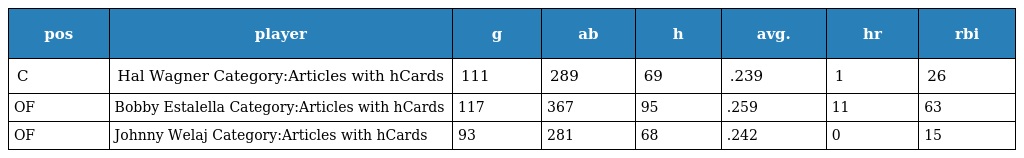
| pos | player | g | ab | h | avg. | hr | rbi |
 | --- | --- | --- | --- | --- | --- | --- | --- |
 | C | Hal Wagner Category:Articles with hCards | 111 | 289 | 69 | .239 | 1 | 26 |
 | OF | Bobby Estalella Category:Articles with hCards | 117 | 367 | 95 | .259 | 11 | 63 |
 | OF | Johnny Welaj Category:Articles with hCards | 93 | 281 | 68 | .242 | 0 | 15 |